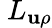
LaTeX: \ L_{\mathbf{u}\rho}